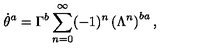
\dot { \theta } ^ { a } = \Gamma ^ { b } \sum _ { n = 0 } ^ { \infty } ( - 1 ) ^ { n } \left( \Lambda ^ { n } \right) ^ { b a } ,